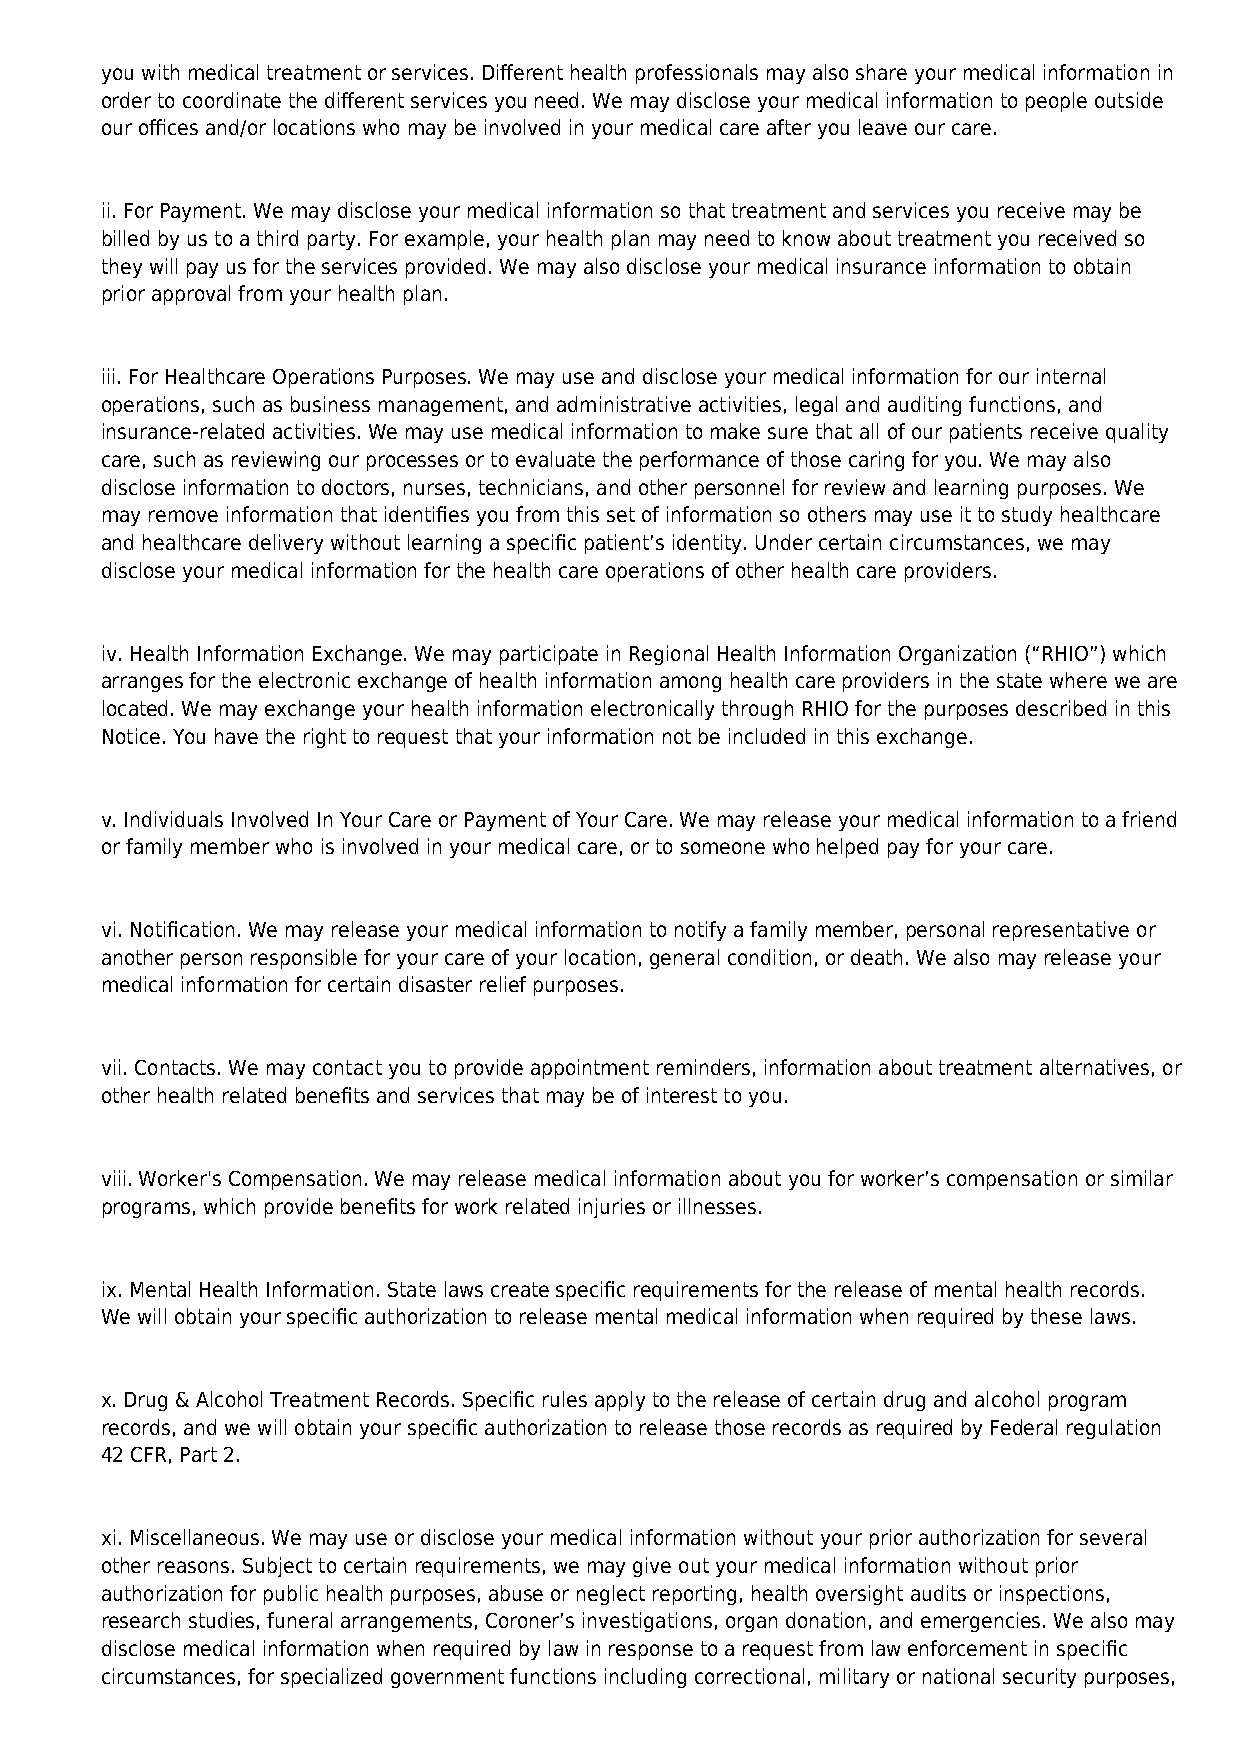
you with medical treatment or services. Different health professionals may also share your medical information in
 order to coordinate the different services you need. We may disclose your medical information to people outside
 our offices and/or locations who may be involved in your medical care after you leave our care.
 ii. For Payment. We may disclose your medical information so that treatment and services you receive may be
 billed by us to a third party. For example, your health plan may need to know about treatment you received so
 they will pay us for the services provided. We may also disclose your medical insurance information to obtain
 prior approval from your health plan.
 iii. For Healthcare Operations Purposes. We may use and disclose your medical information for our internal
 operations, such as business management, and administrative activities, legal and auditing functions, and
 insurance-related activities. We may use medical information to make sure that all of our patients receive quality
 care, such as reviewing our processes or to evaluate the performance of those caring for you. We may also
 disclose information to doctors, nurses, technicians, and other personnel for review and learning purposes. We
 may remove information that identifies you from this set of information so others may use it to study healthcare
 and healthcare delivery without learning a specific patient’s identity. Under certain circumstances, we may
 disclose your medical information for the health care operations of other health care providers.
 iv. Health Information Exchange. We may participate in Regional Health Information Organization (“RHIO”) which
 arranges for the electronic exchange of health information among health care providers in the state where we are
 located. We may exchange your health information electronically through RHIO for the purposes described in this
 Notice. You have the right to request that your information not be included in this exchange.
 v. Individuals Involved In Your Care or Payment of Your Care. We may release your medical information to a friend
 or family member who is involved in your medical care, or to someone who helped pay for your care.
 vi. Notification. We may release your medical information to notify a family member, personal representative or
 another person responsible for your care of your location, general condition, or death. We also may release your
 medical information for certain disaster relief purposes.
 vii. Contacts. We may contact you to provide appointment reminders, information about treatment alternatives, or
 other health related benefits and services that may be of interest to you.
 viii. Worker's Compensation. We may release medical information about you for worker’s compensation or similar
 programs, which provide benefits for work related injuries or illnesses.
 ix. Mental Health Information. State laws create specific requirements for the release of mental health records.
 We will obtain your specific authorization to release mental medical information when required by these laws.
 x. Drug & Alcohol Treatment Records. Specific rules apply to the release of certain drug and alcohol program
 records, and we will obtain your specific authorization to release those records as required by Federal regulation
 42 CFR, Part 2.
 xi. Miscellaneous. We may use or disclose your medical information without your prior authorization for several
 other reasons. Subject to certain requirements, we may give out your medical information without prior
 authorization for public health purposes, abuse or neglect reporting, health oversight audits or inspections,
 research studies, funeral arrangements, Coroner’s investigations, organ donation, and emergencies. We also may
 disclose medical information when required by law in response to a request from law enforcement in specific
 circumstances, for specialized government functions including correctional, military or national security purposes,